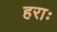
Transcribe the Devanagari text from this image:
हराः